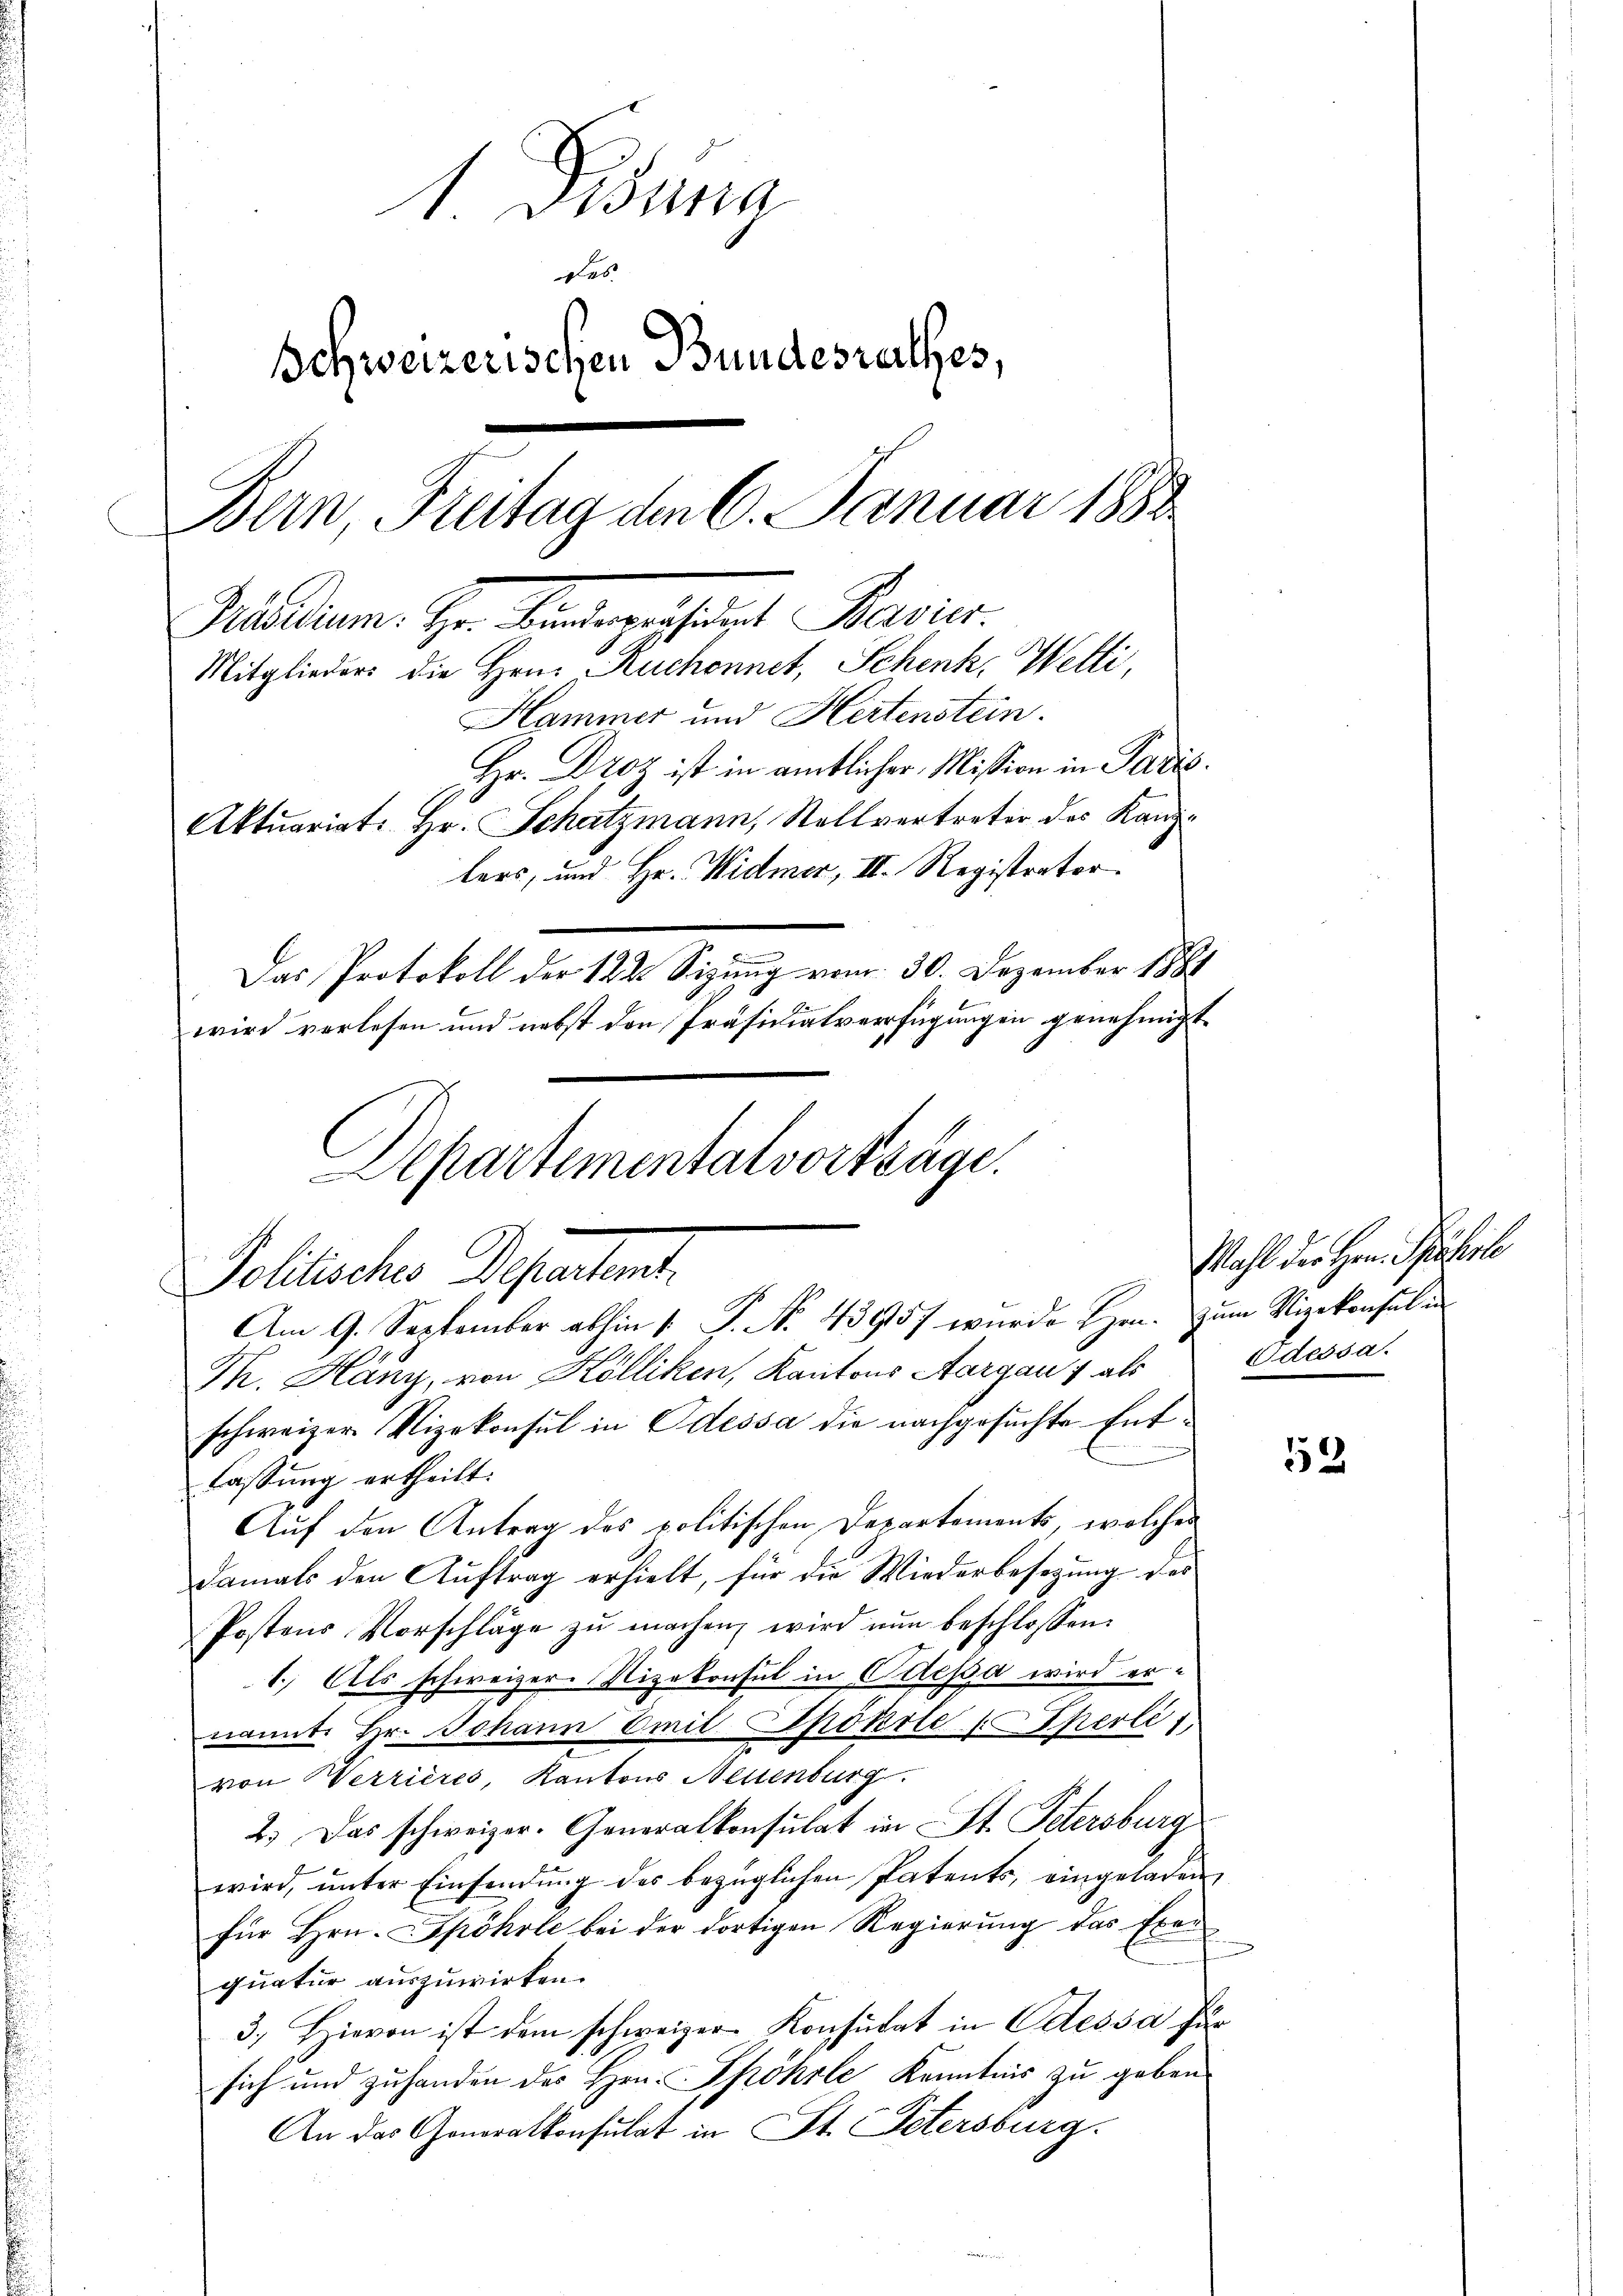
1 Fidung
des
Schweizerischen Bundesrathes,
Bern, Freitag den 6. Januar 1888
Sidlern. Hr. Mangesandt Marie
Mitglieders die Hrn. Ruchonnet, Schenk. Welti,
Hammer und Hertenstein.
Hr. Droz ist in amtlicher Mission in Paris.
Aktuariat Hr. Schatzmann, Stellvertreter des Kanzlers, und Hr. Widmer, II. Registrator
Das Protokoll der 122 Sizung vom 30. Dezember 1881
wird verlesen und nebst den Präsidiatsverfügungen genehmigt.
Separtementalvorträge.

Politische Departient.
Am 9. September abhin 1. P. No. 43957 wurde Hrn. Zum Vizekonsul in

schweizer Vizekonsul in Odessa die nachgesuchte Ent¬

Th. Hany, von Kölliken, Kantons Aargau 1 als
fassung ertheilt.
Auf den Antrag des politischen Departements, welches
damals den Auftrag erhielt, für die Wiederbesetzung des
Postens Vorschläge zŭ machen, wird nun beschlossen:
1.) Als schweizer. Nizekonsul in Odessa wird ernannte Hr. Johann Emil Epokrle Sperlit
von Werrières, Kantons Nestenburg
2.) Das schweizer. Generalkonsulat in St. Petersburg
wird, unter Einsendung des bezüglichen Patents, eingeladen
für Hrn. Spöhole bei der dortigen Regierung das Frei
quatur auszuwirken.
3. Hievon ist dem schweizer Konsulat in Odessa für
sich und zuhanden des Hrn. Spöhrle Kenntnis zu geben.
An das Generalkonsulat in St. Petersburg.

Mahl der Hrn. Pfiserle
Odessa.

52